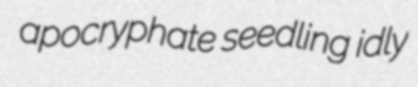
apocryphate seedling idly